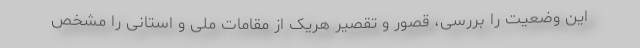
این وضعیت را بررسی، قصور و تقصیر هریک از مقامات ملی و استانی را مشخص